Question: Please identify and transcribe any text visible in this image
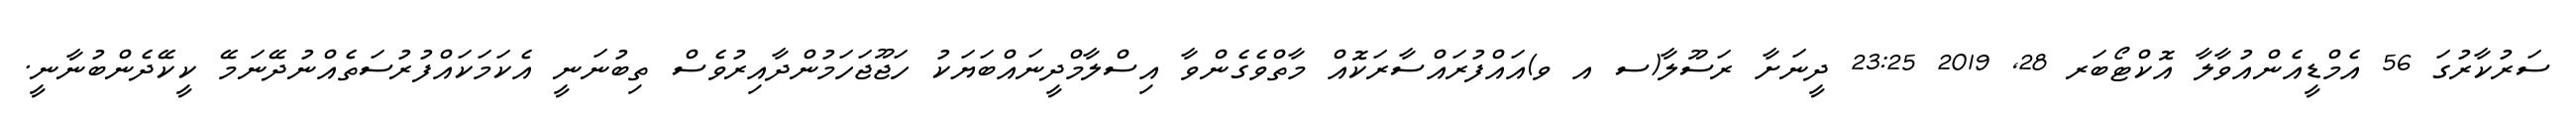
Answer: ސަރުކާރުގަ 56 އެމްޑީއެންއުވާލާ އޮކްޓޯބަރ 28, 2019 23:25 ދީނަށާ ރަސޫލާ(ސ އ ވ)އައްފުރައްސާރަކޮއް މާތްވެގެންވާ އިސްލާމްދީނައްބަޔަކު ހަޖޫޖަހަމުންދާއިރުވެސް ތިބުނަނީ އެކަމަކައްފުރުސަތެއްނުދޭނަމޭ ކީކޭދެންބުނާނީ.